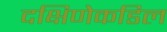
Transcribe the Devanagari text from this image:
दक्षिणेकडिल